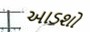
આડશો